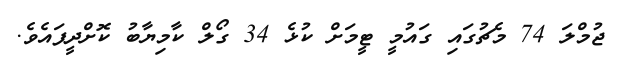
ޖުމްލަ 74 މެޗުގައި ގައުމީ ޓީމަށް ކުޅެ 34 ގޯލް ކާމިޔާބު ކޮށްދީފައެވެ.